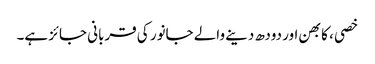
خصی ، کابھن اور دودھ دینے والے جانور کی قربانی جائز ہے۔